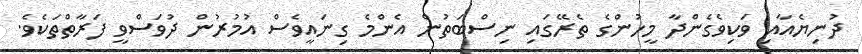
ދުނިޔެއާއި ވަކިވެގެންދާ މީހުންގެ ތެރޭގައި ނިސްބަތުން އެންމެ ގިނައީވެސް އުމުރުން ދުވަސްވީ ފަރާތްތަކެވެ.